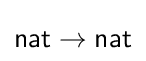
{\mathsf {nat}}\to {\mathsf {nat}}